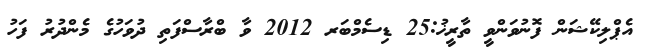
އެޕްލިކޭޝަން ފޮނުވަންވީ ތާރީޚު:25 ޑިސެމްބަރ 2012 ވާ ބްރާސްފަތި ދުވަހުގެ މެންދުރު ފަހު